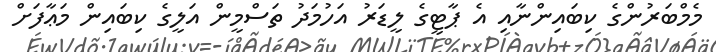
މެމްބަރުންގެ ކިބައިންނާއި އެ ޕާޓީގެ ލީޑަރު އަހުމަދު ތަސްމީން އަލީގެ ކިބައިން މަޢާފަށް